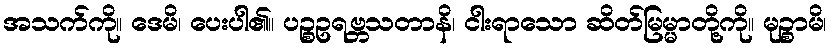
အသက်ကို။ ဒေမိ၊ ပေးပါ၏။ ပဉ္စဥရဗ္ဘသတာနိ၊ ငါးရာသော ဆိတ်မြမ္မာတို့ကို။ မုဉ္စာမိ၊